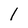
Character: 1